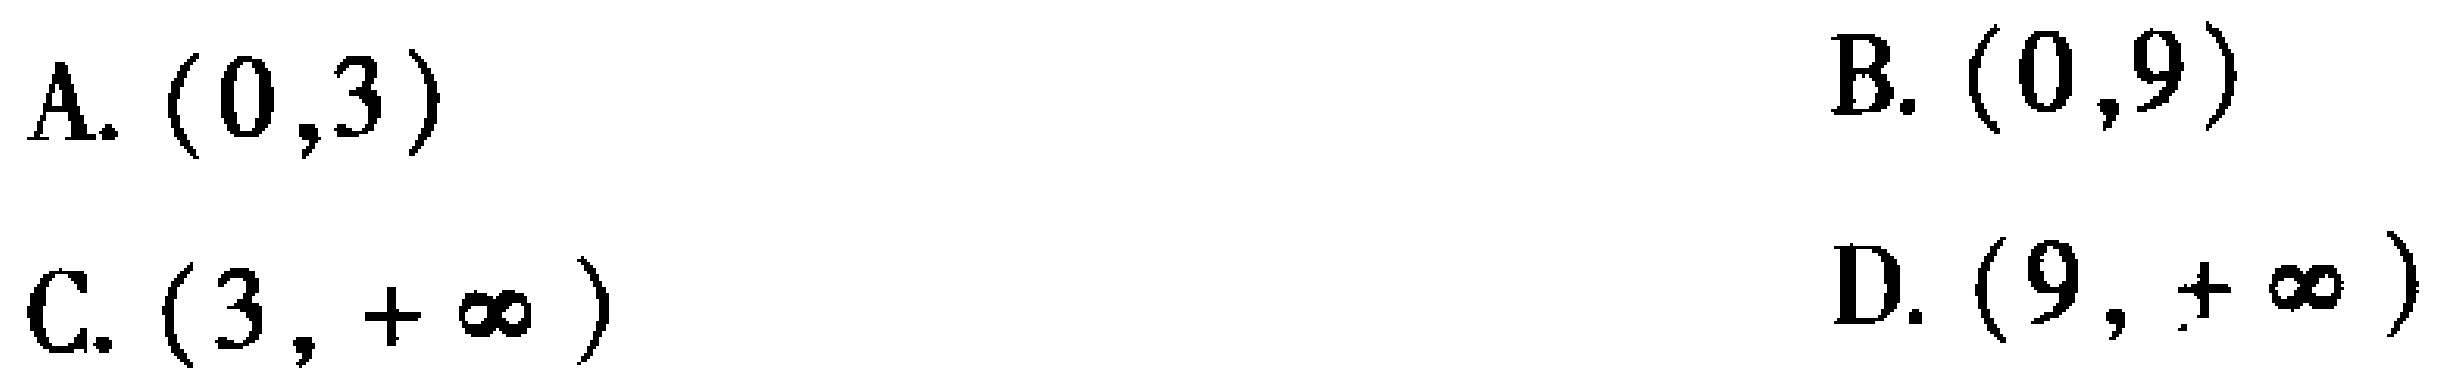
A. \((0,3)\)

B. \((0,9)\)

C. \((3,+\infty)\)

D. \((9,+\infty)\)